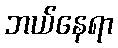
ဘယ်နေရာ